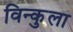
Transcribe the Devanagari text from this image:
विन्कुला